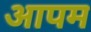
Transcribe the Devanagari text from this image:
आपम